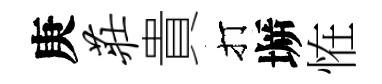
庚庄貴打󶱲恠